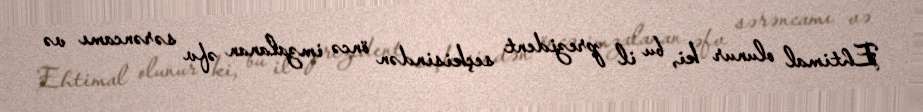
Ehtimal olunur ki, bu il prezident seçkisindən öncə imzalanan əfv sərəncamı və